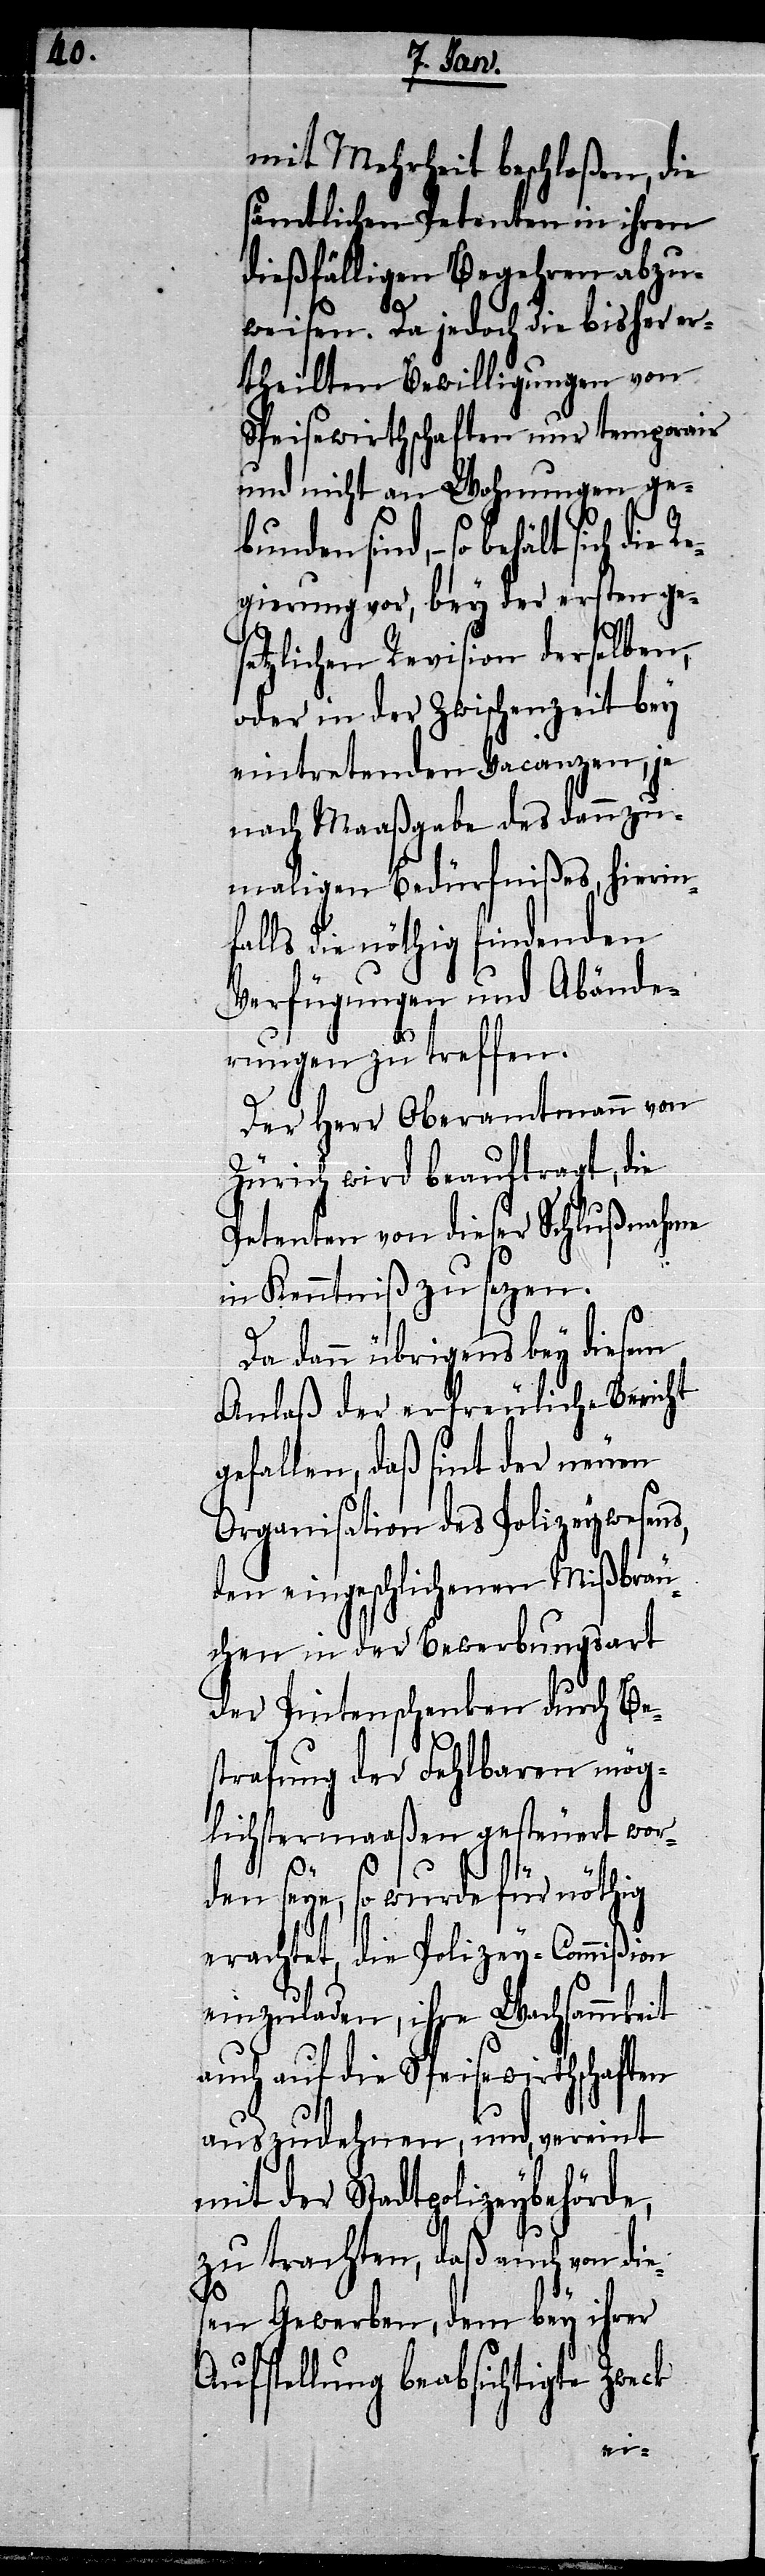
mit Mehrheit beschloßen, die
sämtlichen Petenten in ihren
dießfälligen Begehren abzu¬
weisen. Da jedoch die bisher er¬
theilten Bewilligungen von
Speisewirthschaften nur temporair
und nicht an Wohnungen ge¬
bunden sind, – so behält sich
gierung vor, bey der ersten ge¬
setzlichen Revision derselben,
oder in der Zwischenzeit bey
eintretenden Vacanzen, je
nach Maaßgabe des dannzu¬
maligen Bedürfnißes, hierin¬
falls die nöthig findenden
Verfügungen und Abände¬
rungen zu treffen.
Der Herr Oberamtmann von
Zürich wird beauftragt, die
Petenten von dieser Schlußnahme
in Kenntniß zu sezen.
Da dann übrigens bey diesem
Anlaß der erfreuliche Bericht
gefallen, daß sint der neuen
Organisation des Polizeywesens,
den eingeschlichenen Mißbräu¬
chen in der Bewerbungsart
der Pintenschenken durch Be¬
strafung der Fehlbaren mög¬
lichstermaaßen gesteuert wor¬
den seye, so wurde für nöthig
erachtet, die Polizey-Commißion
einzuladen, ihre Wachsammkeit
auch auf die Speisewirthschaften
auszudehnen, und, vereint
mit der Stadtpolizeybehörde,
zu trachten, daß auch von die¬
sen Gewerben, dem bey ihrer
Aufstellung beabsichtigte Zweck
Re¬